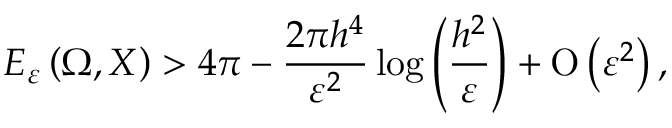
E _ { \varepsilon } \left( \Omega , X \right) > 4 \pi - \frac { 2 \pi h ^ { 4 } } { \varepsilon ^ { 2 } } \log { \left( \frac { h ^ { 2 } } { \varepsilon } \right) } + \ensuremath { \operatorname { O } \left( \varepsilon ^ { 2 } \right) } ,